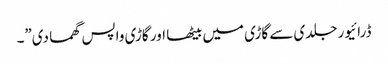
ڈرائیور جلدی سے گاڑی میں بیٹھا اور گاڑی واپس گھما دی”۔